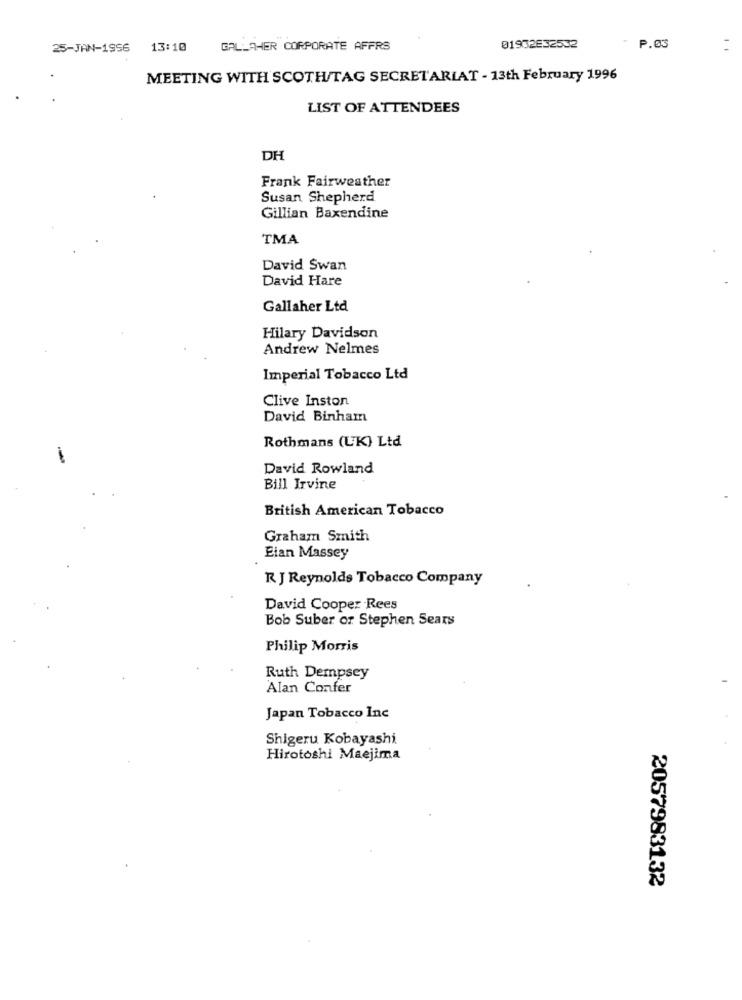
25-JAN-1956
13:10
GALLAHER CORPORATE AFFRS
01932632532
P.03
MEETING WITH SCOTH/TAG SECRETARIAT - 13th February 1996
LIST OF ATTENDEES
DH
Frank Fairweather
Susan Shepherd
Gillian Baxendine
TMA
David Swan
David Hare
Gallaher Ltd
Hilary Davidson
Andrew Nelmes
Imperial Tobacco Ltd
Clive Inston
David Binham
Rothmans (UK) Ltd
-
David Rowland
Bill Irvine
British American Tobacco
Graham Smith
Elan Massey
R J Reynolds Tobacco Company
David Cooper Rees
Bob Suber or Stephen Sears
Philip Morris
Ruth Dempsey
Alan Confer
Japan Tobacco Inc
Shigeru Kobayashi
Hirotoshi Maejima
2057983132